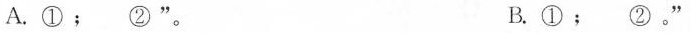
A.①﹔②”。 B.①﹔ ②。”